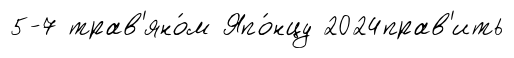
5-7 трав'яно́м Япо́нцу 2024прав'ить